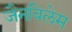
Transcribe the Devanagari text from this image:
जैनविलेम